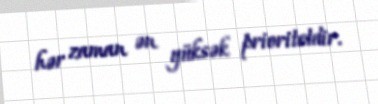
hər zaman ən yüksək prioritetdir.